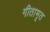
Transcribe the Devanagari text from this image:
गीतामृत